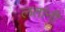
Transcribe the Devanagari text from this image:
लतांनी